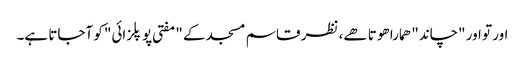
اور تو اور "چاند" ھمارا ھوتا ھے، نظر قاسم مسجد کے "مفتی پوپلزائی" کو آجاتا ہے۔